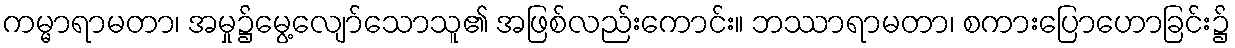
ကမ္မာရာမတာ၊ အမှု၌မွေ့လျော်သောသူ၏ အဖြစ်လည်းကောင်း။ ဘဿာရာမတာ၊ စကားပြောဟောခြင်း၌